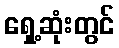
ရှေ့ဆုံးတွင်